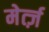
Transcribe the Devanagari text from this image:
मेर्त्ज़